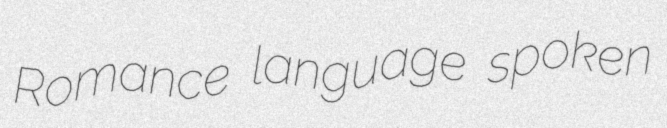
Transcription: Romance language spoken